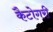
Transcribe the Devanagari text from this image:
कैटोगरी